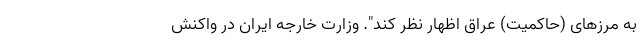
به مرزهای (حاکمیت) عراق اظهار نظر کند". وزارت خارجه ایران در واکنش